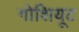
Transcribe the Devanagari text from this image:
गोशियूट